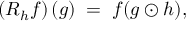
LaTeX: \left( R _ { h } f \right) ( g ) \; = \; f ( g \odot h ) ,